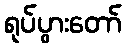
ရုပ်ပွားတော်